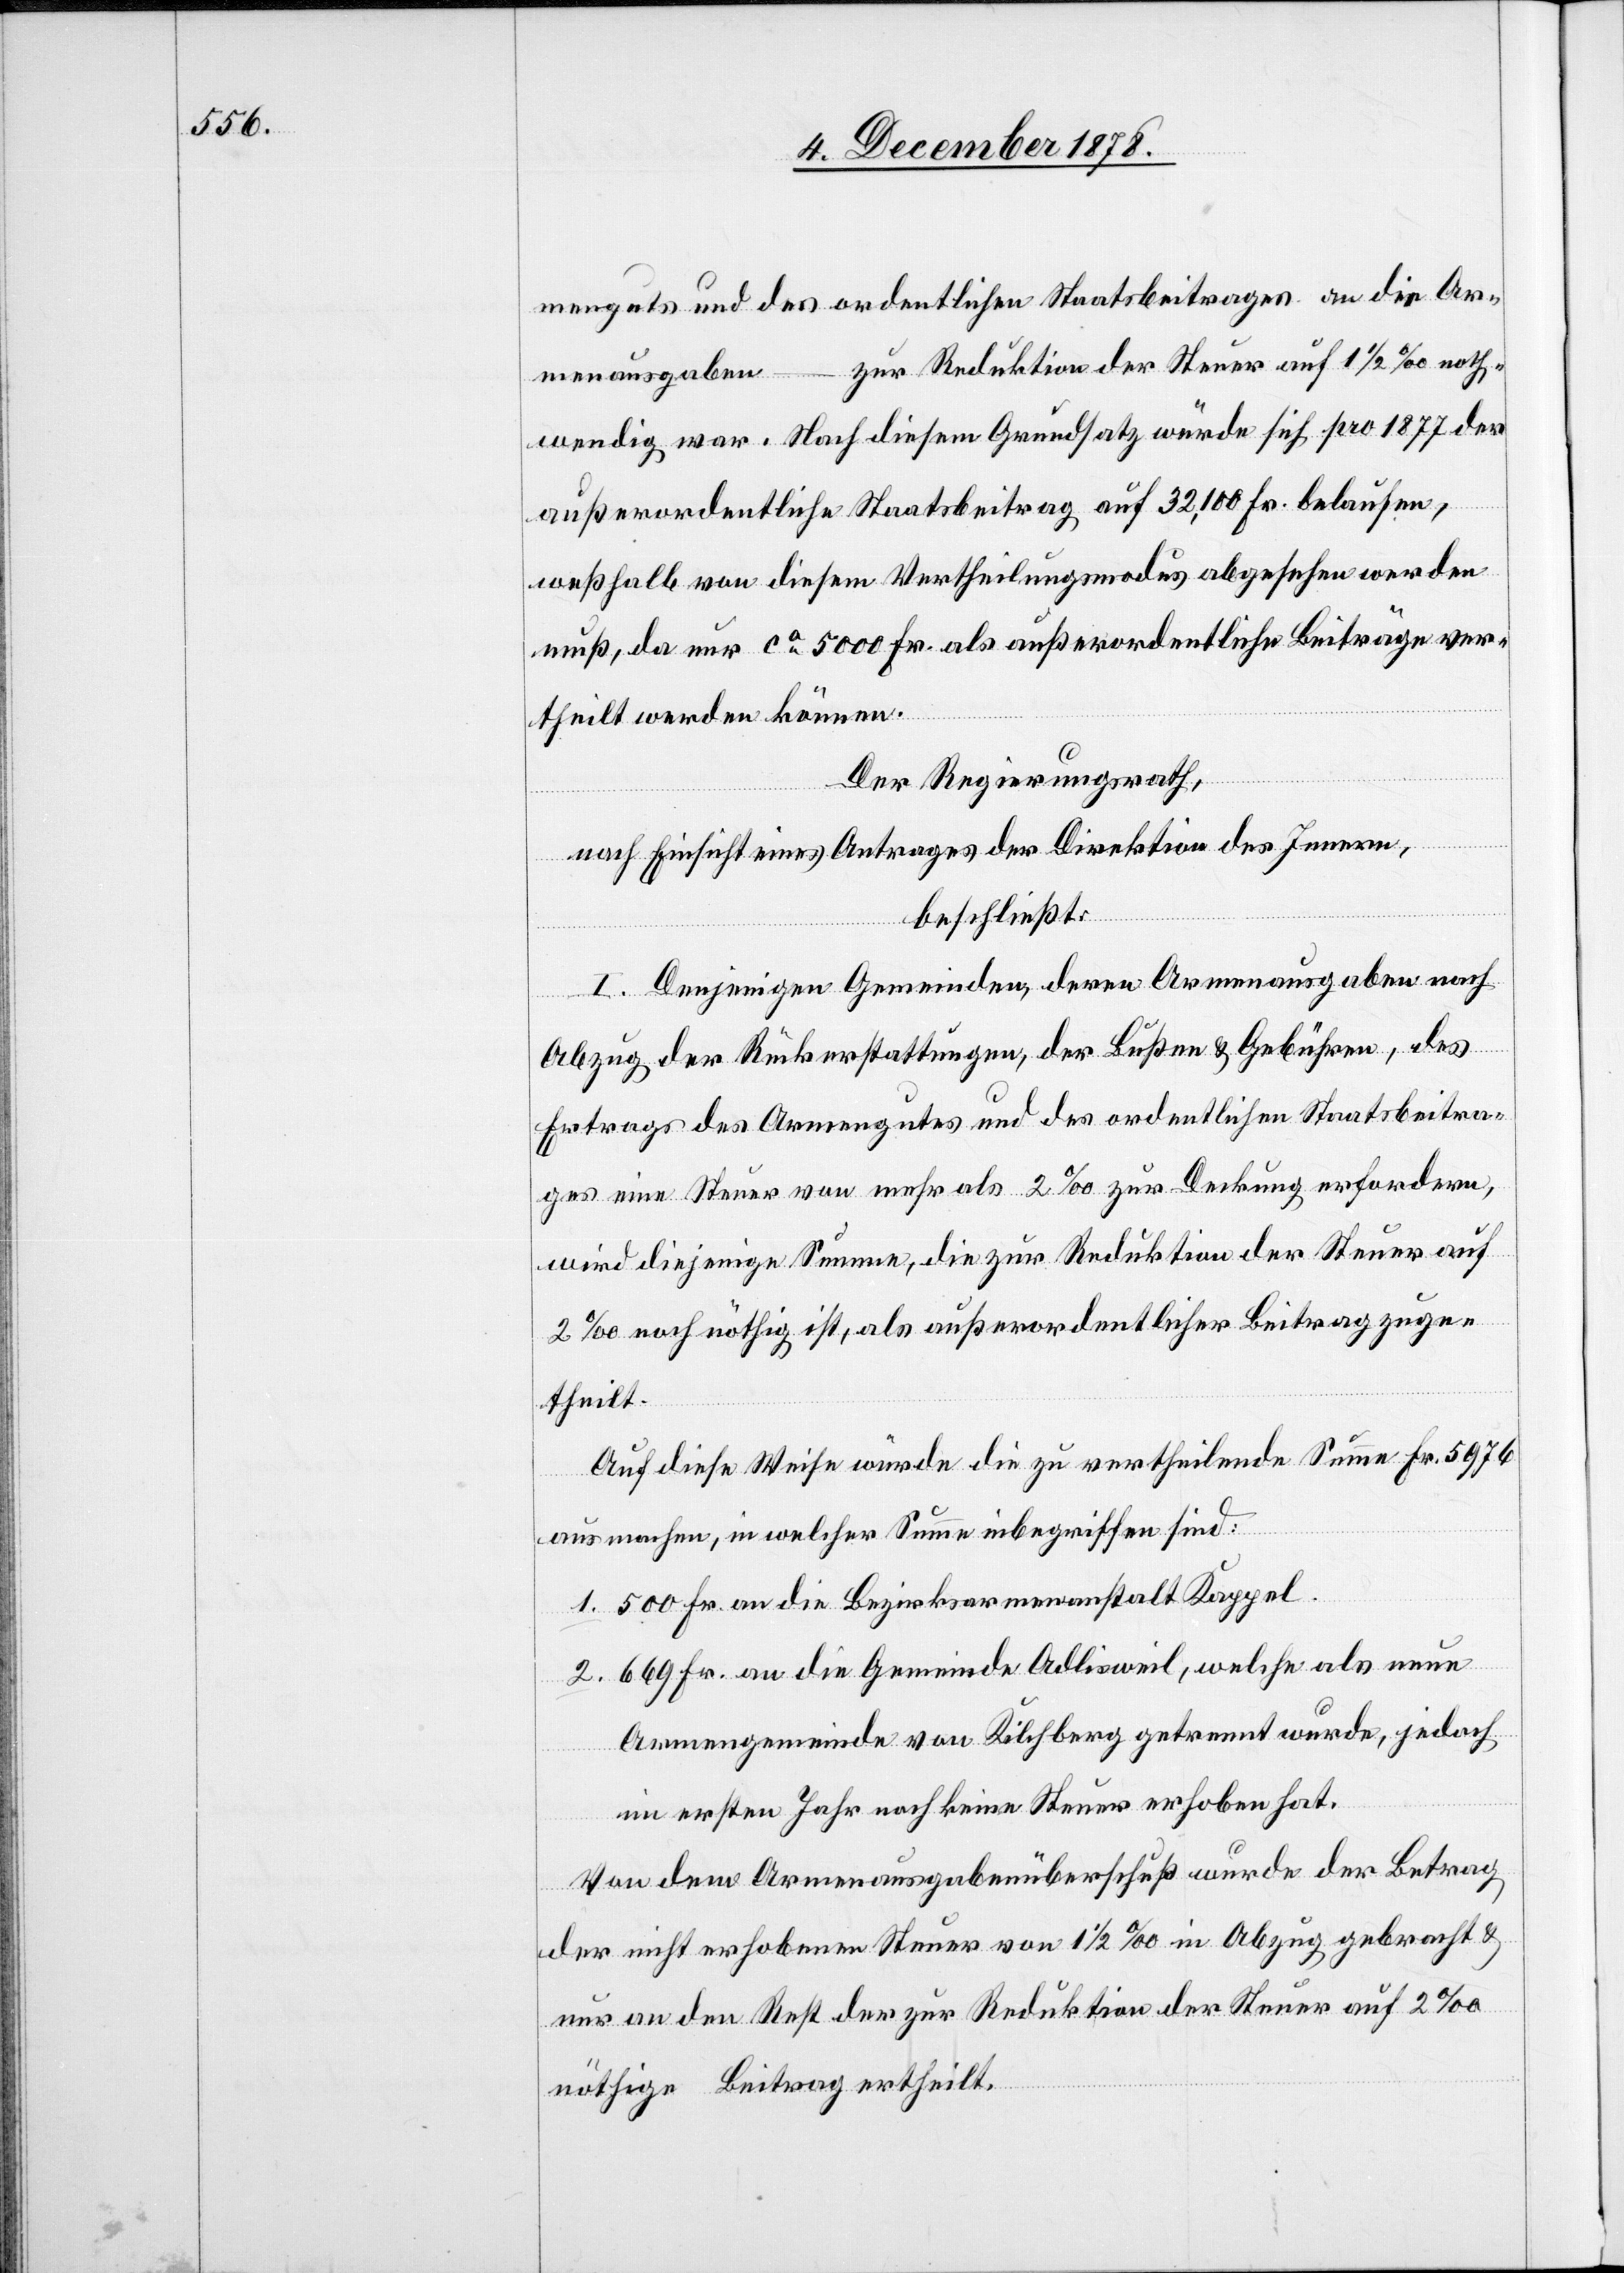
menguts und des ordentlichen Staatsbeitrages an die Ar¬
zur Reduktion der Steuer auf 1 1/2‰ noth¬
menausgaben
wendig war. Nach diesem Grundsatz würde sich pro 1877 der
außerordentliche Staatsbeitrag auf 32,100 Fr. belaufen,
weßhalb von diesem Vertheilungsmodus abgesehen werden
muß, da nur ca 5000 Fr. als außerordentliche Beiträge ver¬
theilt werden können.
Der Regierungsrath,
nach Einsicht eines Antrages der Direktion des Innern,
beschließt:
I. Denjenigen Gemeinden, deren Armenausgaben nach
Abzug der Rückerstattungen, der Bußen & Gebühren, des
Ertrags des Armengutes und des ordentlichen Staatsbeitra¬
ges eine Steuer von mehr als 2‰ noch nöthig ist, als außerorden¬
etheilt.
Auf diese Weise würde die zu vertheilende Summe Fr. 5976
2.
ausmachen, in welcher Summe inbegriffen sind:
500 Fr. an die Bezirksarmenanstalt Kappel.
669 Fr. an die Gemeinde Adlisweil, welche als neue
Armengemeinde von Kilchberg getrennt wurde, jedoch
–
im ersten Jahr noch keine Steuer erhoben hat.
Von dem Armenausgabenüberschuß wurde der Betrag
der nicht erhobenen Steuer von 1 1/2‰ in Abzug gebracht &
nur an den Rest der zur Reduktion der Steuer auf 2‰
nöthige Beitrag ertheilt.